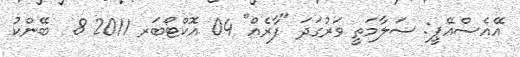
އޭއެސްއޭޕީ: ސަލާމަތީ ވަރުގަދަ "ފާރެއް" 04 އޮކްޓޯބަރ 2011 8  ބޭންކު